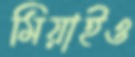
মিয়াইও